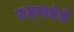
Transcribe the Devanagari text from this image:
ठहराएंगे